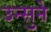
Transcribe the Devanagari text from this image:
उन्सुने